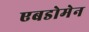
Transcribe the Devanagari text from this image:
एबडोमेन